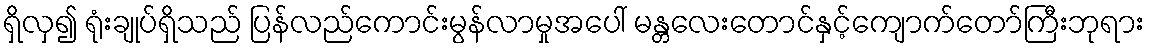
ရှိလှ၍ ရုံးချုပ်ရှိသည် ပြန်လည်ကောင်းမွန်လာမှုအပေါ် မန္တလေးတောင်နှင့်ကျောက်တော်ကြီးဘုရား